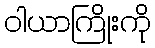
ဝါယာကြိုးကို